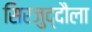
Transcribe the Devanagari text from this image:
सिरजुद्दौला